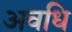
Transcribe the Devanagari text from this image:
अवधि